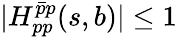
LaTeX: |H_{pp}^{\bar{p}p}(s,b)|\leq 1